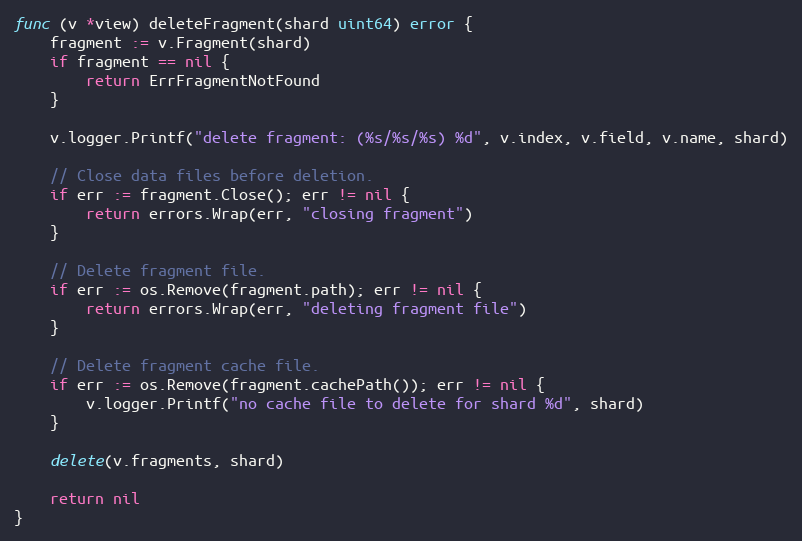
Language: Go
func (v *view) deleteFragment(shard uint64) error {
	fragment := v.Fragment(shard)
	if fragment == nil {
		return ErrFragmentNotFound
	}

	v.logger.Printf("delete fragment: (%s/%s/%s) %d", v.index, v.field, v.name, shard)

	// Close data files before deletion.
	if err := fragment.Close(); err != nil {
		return errors.Wrap(err, "closing fragment")
	}

	// Delete fragment file.
	if err := os.Remove(fragment.path); err != nil {
		return errors.Wrap(err, "deleting fragment file")
	}

	// Delete fragment cache file.
	if err := os.Remove(fragment.cachePath()); err != nil {
		v.logger.Printf("no cache file to delete for shard %d", shard)
	}

	delete(v.fragments, shard)

	return nil
}